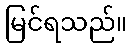
မြင်ရသည်။